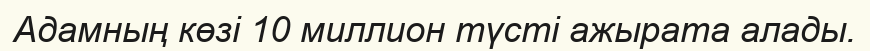
Адамның көзі 10 миллион түсті ажырата алады.